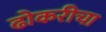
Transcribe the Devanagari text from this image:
ढोकरीचा